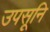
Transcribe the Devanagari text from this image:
उपसूनि